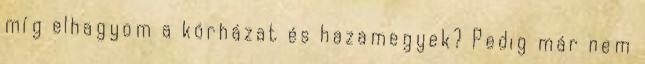
míg elhagyom a kórházat és hazamegyek? Pedig már nem